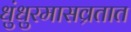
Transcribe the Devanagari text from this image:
धुंधुरमासव्रतात